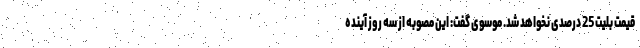
قیمت بلیت 25 درصدی نخواهد شد. موسوی گفت: این مصوبه از سه روز آینده